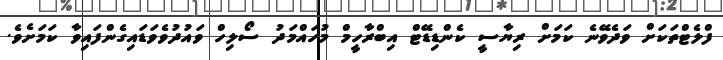
ފްލެޓްތަކަށް ވަދެވޭނެ ކަމަށް ރިޔާސީ ކެންޑިޑޭޓް އިބްރާހީމް މުހައްމަދު ސޯލިހް ވައުދުވެވަޑައިގެންފައިވާ ކަމަށެވެ.